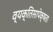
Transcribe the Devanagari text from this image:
व्यक्तिसापेक्षता